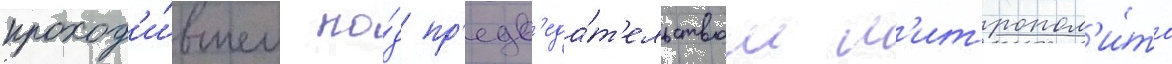
проход'и́вшем по́д пр'едс'еда́т'ельством м'итропол'и́та